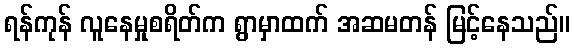
ရန်ကုန် လူနေမှုစရိတ်က ရွာမှာထက် အဆမတန် မြင့်နေသည်။